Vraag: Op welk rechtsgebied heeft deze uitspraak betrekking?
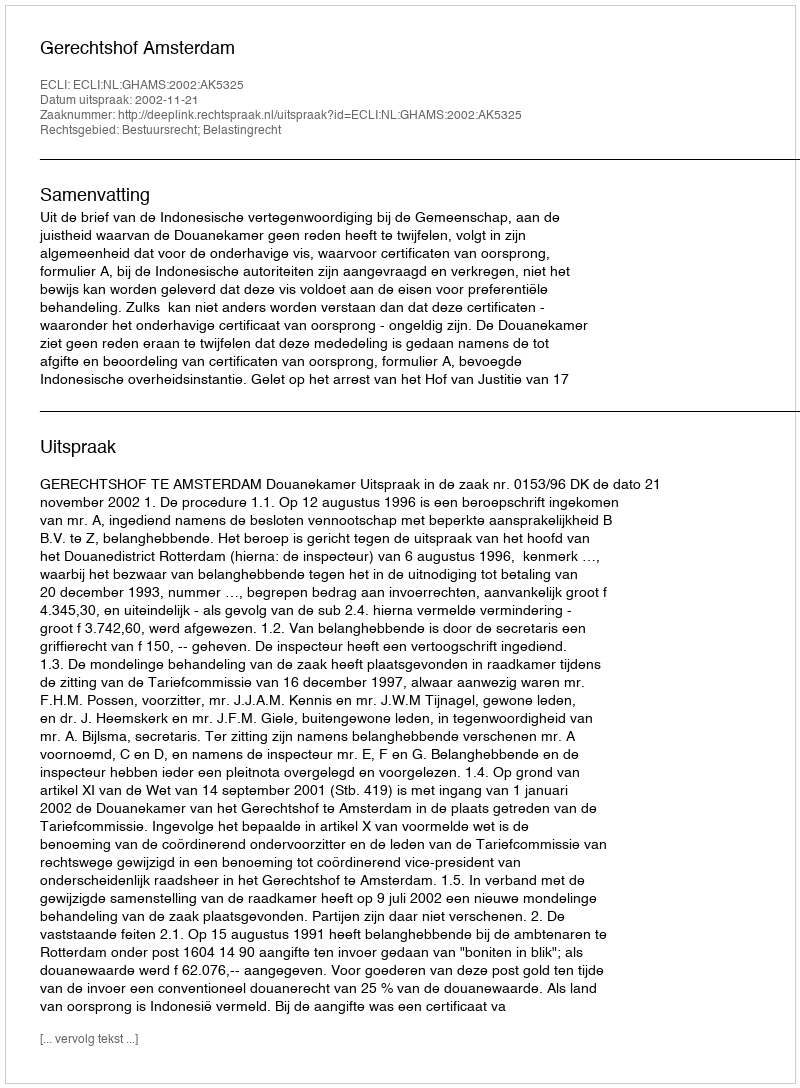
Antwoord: Bestuursrecht; Belastingrecht